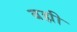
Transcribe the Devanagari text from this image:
बह्मी